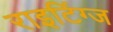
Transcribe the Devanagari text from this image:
राइटिंग्ज